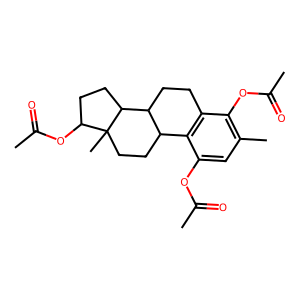
SMILES: CC(=O)Oc1cc(C)c(OC(C)=O)c2c1C1CCC3(C)C(OC(C)=O)CCC3C1CC2
Inhibits HIV replication: No